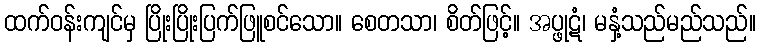
ထက်ဝန်းကျင်မှ ပြိုးပြိုးပြက်ဖြူစင်သော။ စေတသာ၊ စိတ်ဖြင့်။ အပ္ဖုဋံ၊ မနှံ့သည်မည်သည်။